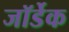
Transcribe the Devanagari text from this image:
जॉर्डेक